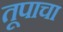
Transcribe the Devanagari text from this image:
तूपाचा